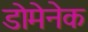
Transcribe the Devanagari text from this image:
डोमेनेक